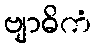
ဗျာဓိကံ